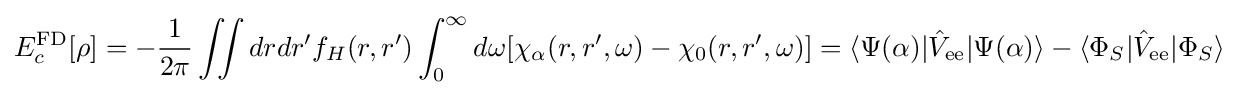
E_{c}^{\text{FD}}[\rho ]=-{\frac {1}{2\pi }}\iint drdr'f_{H}(r,r')\int _{0}^{\infty }d\omega [\chi _{\alpha }(r,r',\omega )-\chi _{0}(r,r',\omega )]=\langle \Psi (\alpha )|{\hat {V}}_{\text{ee}}|\Psi (\alpha )\rangle -\langle \Phi _{S}|{\hat {V}}_{\text{ee}}|\Phi _{S}\rangle